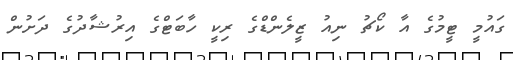
ގައުމީ ޓީމުގެ އާ ކޯޗު ނިއު ޒީލެންޑްގެ ރިކީ ހާބަޓްގެ އިރުޝާދުގެ ދަށުން